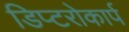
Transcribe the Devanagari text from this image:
डिप्टरोकार्प